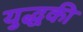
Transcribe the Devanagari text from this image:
युद्धकी